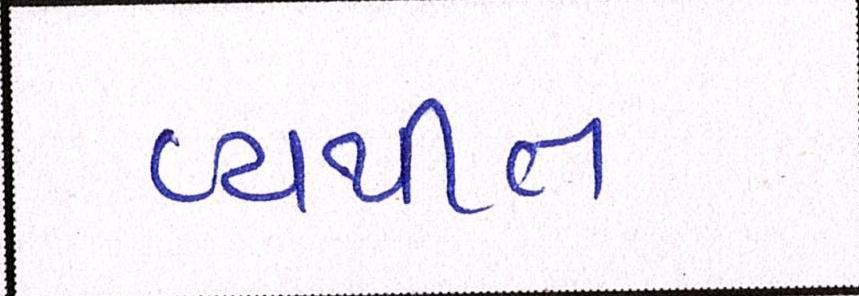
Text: વ્યથીત